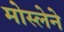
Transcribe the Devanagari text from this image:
मोस्लेने